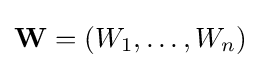
\mathbf {W} =(W_{1},\ldots ,W_{n})